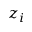
z _ { i }